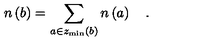
n \left( b \right) = \sum _ { a \in z _ { \min } \left( b \right) } n \left( a \right) \quad .